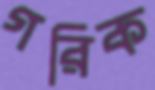
গরিক